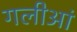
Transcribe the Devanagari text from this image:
गलीआं